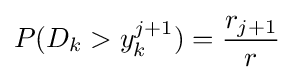
P(D_{k}>y_{k}^{j+1})={\frac {r_{j+1}}{r}}